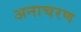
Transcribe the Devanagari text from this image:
अनाचरण